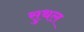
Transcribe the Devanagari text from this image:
सुथल